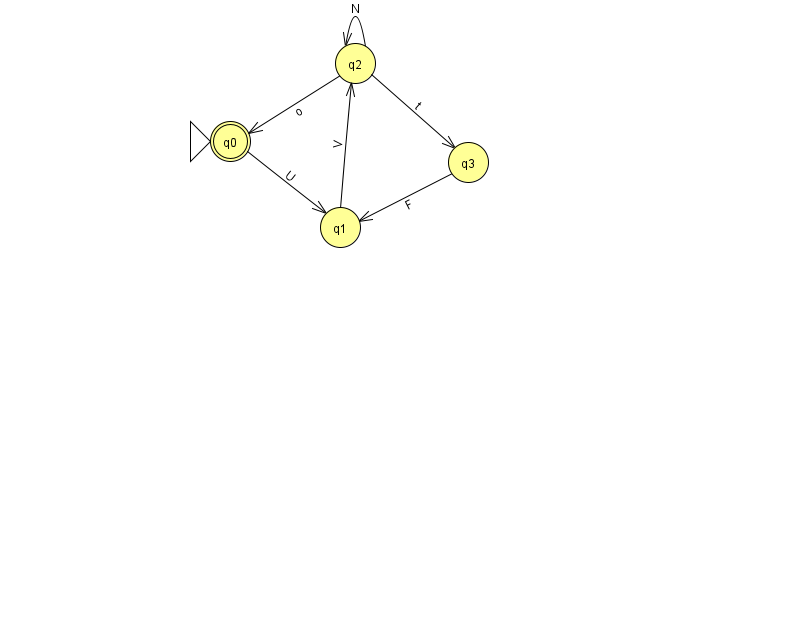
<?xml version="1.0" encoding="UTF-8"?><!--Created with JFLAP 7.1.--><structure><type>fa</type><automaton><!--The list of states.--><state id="0" name="q0"><x>230.0</x><y>128.0</y><initial/><final/></state><state id="1" name="q1"><x>340.0</x><y>214.0</y></state><state id="2" name="q2"><x>355.0</x><y>50.0</y></state><state id="3" name="q3"><x>468.0</x><y>149.0</y></state><!--The list of transitions.--><transition><from>3</from><to>1</to><read>F</read></transition><transition><from>0</from><to>1</to><read>U</read></transition><transition><from>1</from><to>2</to><read>V</read></transition><transition><from>2</from><to>3</to><read>t</read></transition><transition><from>2</from><to>2</to><read>N</read></transition><transition><from>2</from><to>0</to><read>o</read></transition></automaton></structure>